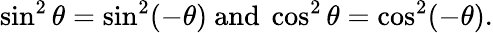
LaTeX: \sin^{2}\theta=\sin^{2}(-\theta){\mathrm{~and~}}\cos^{2}\theta=\cos^{2}(-\theta).